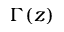
\Gamma ( z )